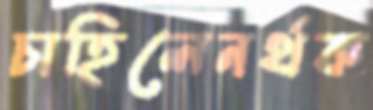
চাহিলেনর্থক